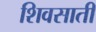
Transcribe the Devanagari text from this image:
शिवसाती